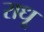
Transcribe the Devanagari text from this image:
राधू